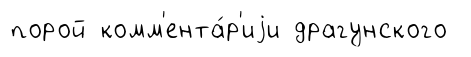
порой комм'ента́р'иjи драгунского